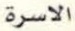
الاسرة